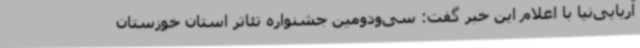
آریایی‌نیا با اعلام این خبر گفت: سی‌ودومین جشنواره تئاتر استان خوزستان